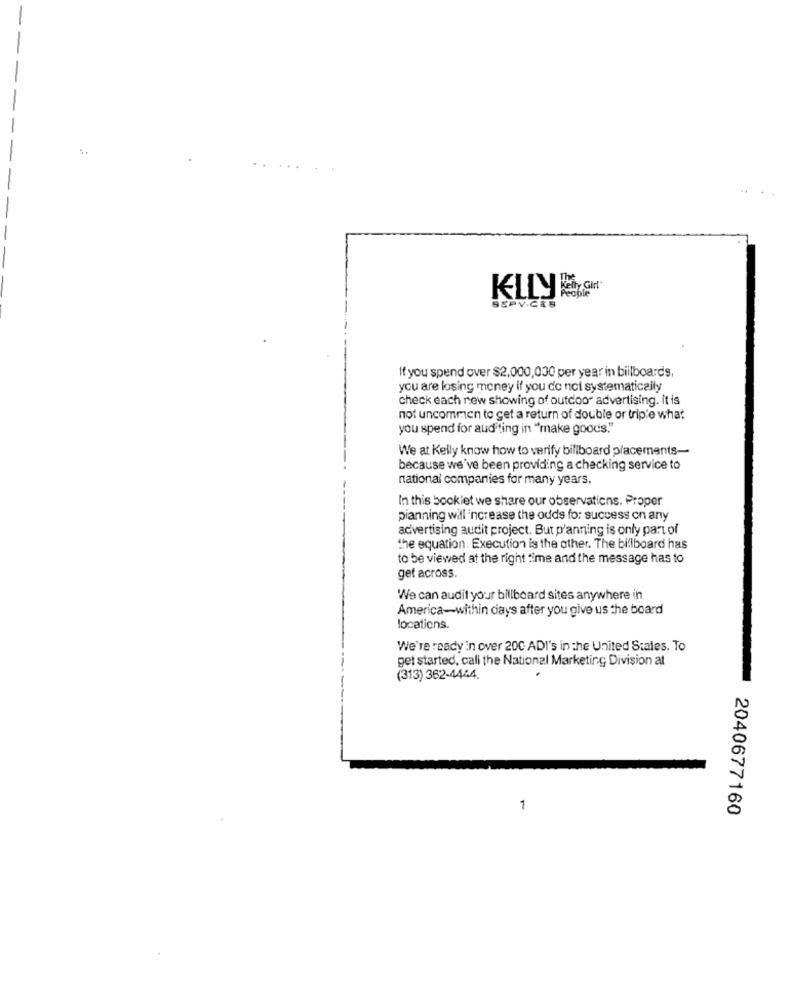
SERVICES
If you spend over $2,000,000 per year in billboards,
you are losing money if you do noi systematically
check each new showing of outdoor advertising. It is
not uncommon to get a return of double or triple what
you spend for auditing in "make goods."
We at Kelly know how to verify billboard placements-
because we've been providing a checking service to
national companies for many years.
In this booklet we share our observations. Proper
pianning will increase the odds for success on any
advertising audit project. But planning is only part of
the equation. Execution is the other. The billboard has
to be viewed at the right "me and the message has to
gef across.
We can audit your billboard sites anywhere in
America-within days after you give us the board
locations.
We're ready in over 200 ADI's in the United States. To
get started. call the National Marketing Division at
(313) 362-4444.
1
2040677160